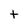
Character: t